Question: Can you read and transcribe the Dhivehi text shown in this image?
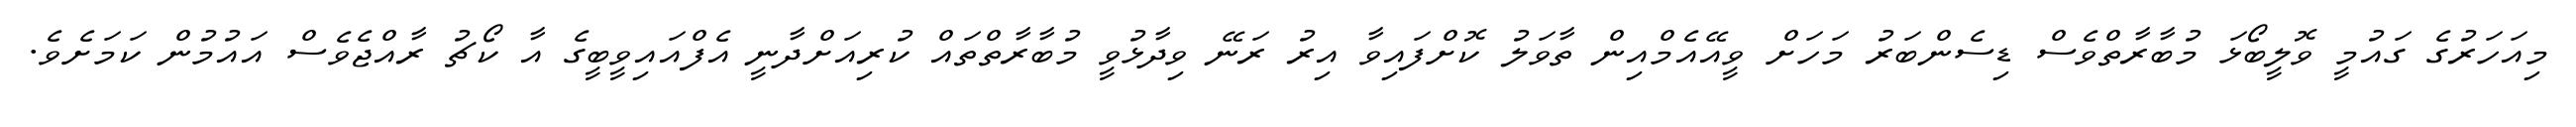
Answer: މިއަހަރުގެ ގައުމީ ވޮލީބޯޅަ މުބާރާތްވެސް ޑިސެންބަރު މަހަށް ވީއޭއެމްއިން ތާވަލު ކޮށްފައިވާ އިރު ރަނޭ ވިދާޅުވީ މުބާރާތްތައް ކުރިއަށްދާނީ އެފްއައިވީބީގެ އާ ކޯޗު ރާއްޖެވެސް އައުމުން ކަމަށެވެ.